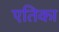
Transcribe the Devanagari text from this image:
एतिका